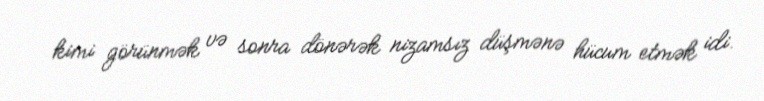
kimi görünmək və sonra dönərək nizamsız düşmənə hücum etmək idi.